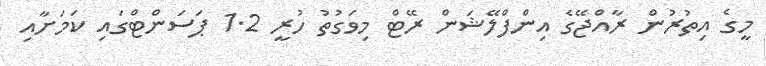
މީގެ އިތުރުން ރާއްޖޭގެ އިންފްލޭޝަން ރޭޓް މިވަގުތު ހުރީ 1.2 ޕަސަންޓްގައި ކަމަށާއި